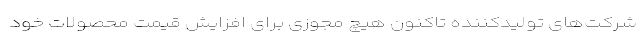
شرکت‌های تولیدکننده تاکنون هیچ مجوزی برای افزایش قیمت محصولات خود